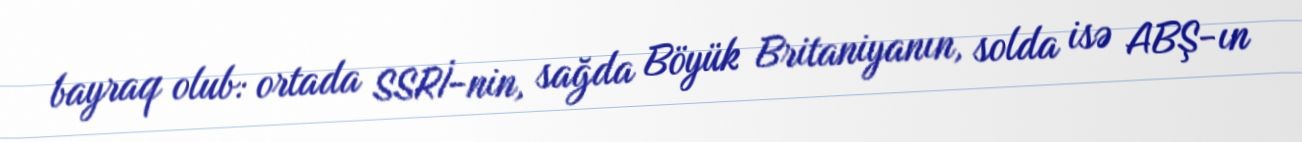
bayraq olub: ortada SSRİ-nin, sağda Böyük Britaniyanın, solda isə ABŞ-ın